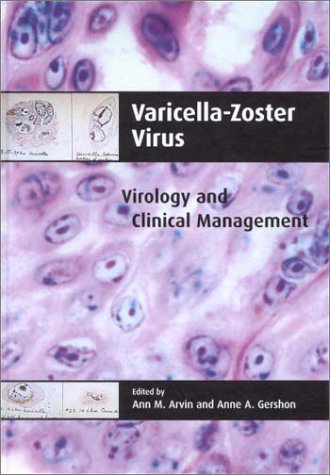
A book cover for Varicella-Zoster Virus: Virology and Clinical Management; Medical Books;